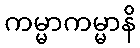
ကမ္မာကမ္မာနိ